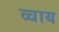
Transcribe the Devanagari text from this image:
व्वाय